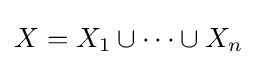
X=X_{1}\cup \cdots \cup X_{n}